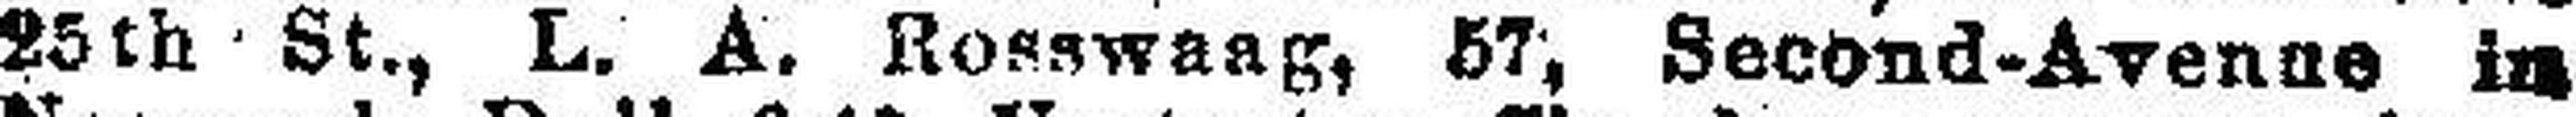
25th St., L. A. Rosswaag, 57. Second-Avenue in